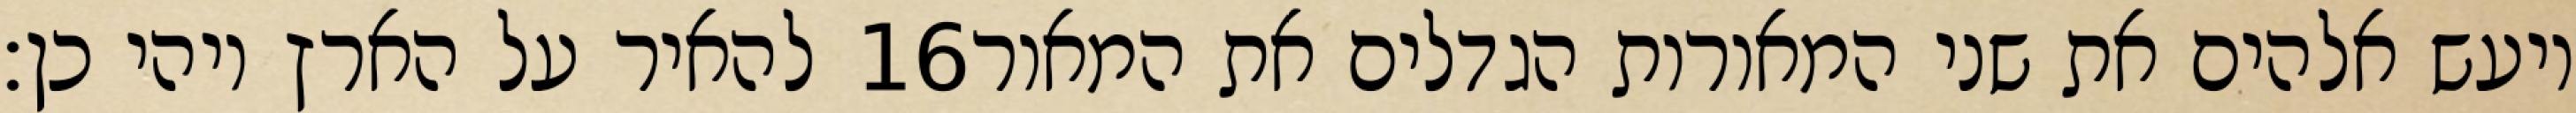
להאיר על הארץ ויהי כן׃ ‎16‏ ויעש אלהים את שני המאורות הגדלים את המאור